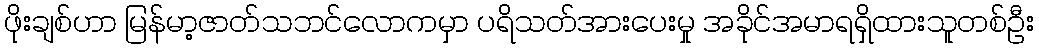
ဖိုးချစ်ဟာ မြန်မာ့ဇာတ်သဘင်လောကမှာ ပရိသတ်အားပေးမှု အခိုင်အမာရရှိထားသူတစ်ဦး